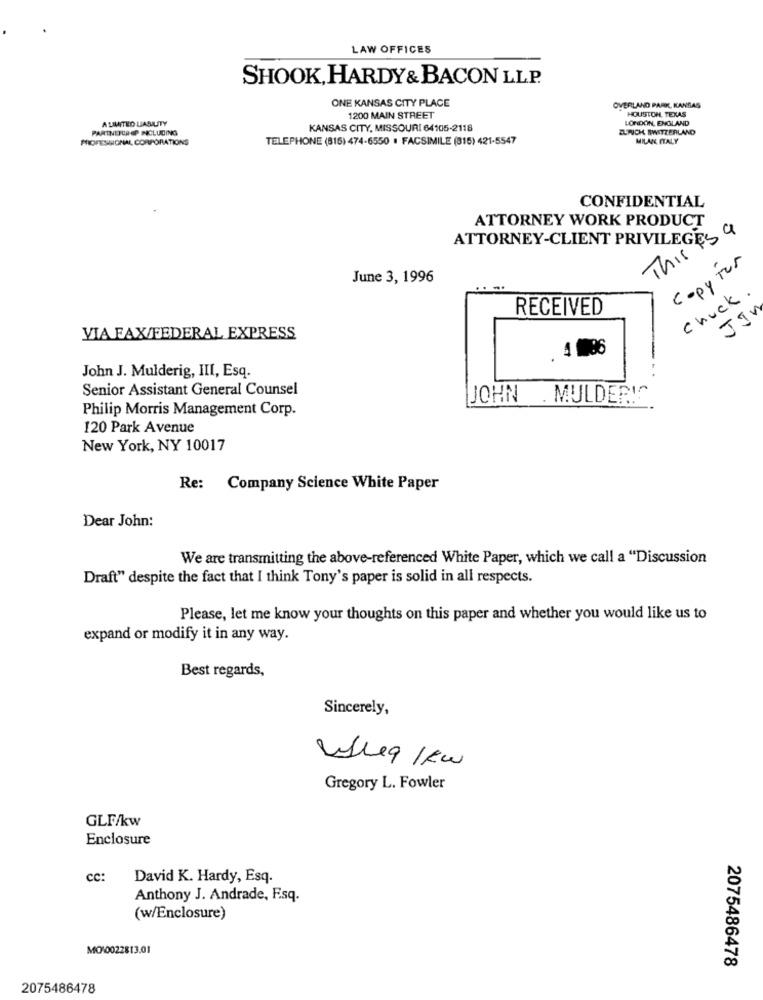
LAW OFFICES
SHOOK, HARDY& BACON LLP.
ONE KANSAS CITY PLACE
OVERLAND PARK, KANSAS
HOUSTON, TEXAS
A UNITED LIABILITY
1200 MAIN STREET
LONDON, ENGLAND
PARTNERCREP INCLUDING
KANSAS CITY, MISSOURI 64105-2118
ZURICH SWITZERLAND
PROFESIONAL CORPORATIONS
TELEPHONE (816) 474-6550 . FACSIMILE (816) 421-5547
MILAN ITALY
CONFIDENTIAL
ATTORNEY WORK PRODUCT
ATTORNEY-CLIENT PRIVILEGES &
This
copy for
June 3, 1996
chuck .
RECEIVED
JIN
VIA FAX/FEDERAL EXPRESS
, 4 086
John J. Mulderig, III, Esq.
Senior Assistant General Counsel
JOHN
. MULDER!
Philip Morris Management Corp.
120 Park Avenue
New York, NY 10017
Re: Company Science White Paper
Dear John:
We are transmitting the above-referenced White Paper, which we call a "Discussion
Draft" despite the fact that I think Tony's paper is solid in all respects.
Please, let me know your thoughts on this paper and whether you would like us to
expand or modify it in any way.
Best regards,
Sincerely,
Gregory L. Fowler
GLF/kw
Enclosure
cc:
David K. Hardy, Esq.
Anthony J. Andrade, F.sq.
(w/Enclosure)
MO:0022813.01
2075486478
2075486478